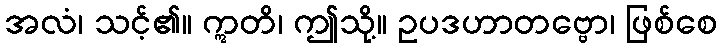
အလံ၊ သင့်၏။ ဣတိ၊ ဤသို့။ ဥပဒဟာတဗ္ဗော၊ ဖြစ်စေ